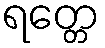
ရတ္တေ